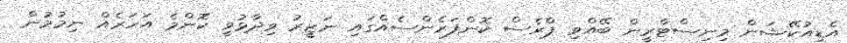
އެޑިއުކޭޝަން މިނިސްޓްރީން ބޭއްވި ޕްރެސް ކޮންފަރެންސެއްގައި ނަޒީރު ވިދާޅުވީ ކޮންމެ އަހަރެއް ނިމުމުން